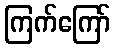
ကြက်ကြော်